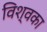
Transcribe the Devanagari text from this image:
विश्वका